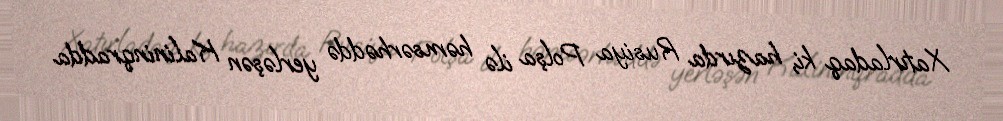
Xatırladaq ki, hazırda Rusiya Polşa ilə həmsərhəddə yerləşən Kalininqradda